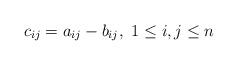
LaTeX: \begin{align*}c_{ij}=a_{ij}-b_{ij},\ 1\leq i,j\leq n\end{align*}